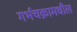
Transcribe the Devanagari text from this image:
गर्भचक्रामधील